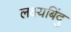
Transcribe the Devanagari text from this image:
लक्ष्यबिंदु